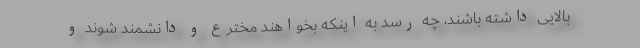
بالایی داشته باشند، چه رسد به اینکه بخواهند مخترع و دانشمند شوند و